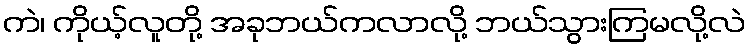
ကဲ၊ ကိုယ့်လူတို့ အခုဘယ်ကလာလို့ ဘယ်သွားကြမလို့လဲ